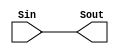
module Mod1 (Sin, Sout);

input  [0:7] Sin;
output [0:7] Sout;

assign Sout[0:7] = Sin[0:7];

endmodule